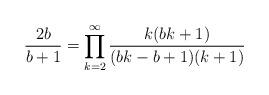
LaTeX: \begin{align*}\frac{2b}{b+1}=\prod_{k=2}^{\infty}{\frac{k(bk+1)}{(bk-b+1)(k+1)}} \end{align*}